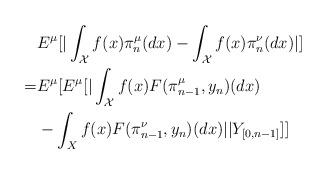
LaTeX: \begin{align*}&E^{\mu}[|\int_{\mathcal{X}}f(x)\pi_{n}^{\mu}(dx)-\int_{\mathcal{X}}f(x)\pi_{n}^{\nu}(dx)|] \\=&E^{\mu}[E^{\mu}[| \int_{\mathcal{X}}f(x)F(\pi_{n-1}^{\mu},y_{n})(dx) \\& -\int_{X}f(x)F(\pi_{n-1}^{\nu},y_{n})(dx) | |Y_{[0,n-1]} ] ] \end{align*}